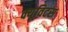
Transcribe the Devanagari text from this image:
क्यूविटस